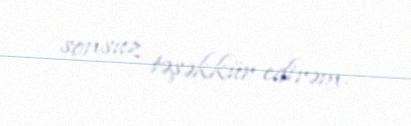
sonsuz təşəkkür edirəm.